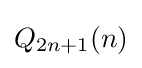
Q_{2n+1}(n)